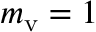
m _ { \mathrm { v } } = 1